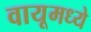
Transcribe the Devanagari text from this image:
वायूमध्ये